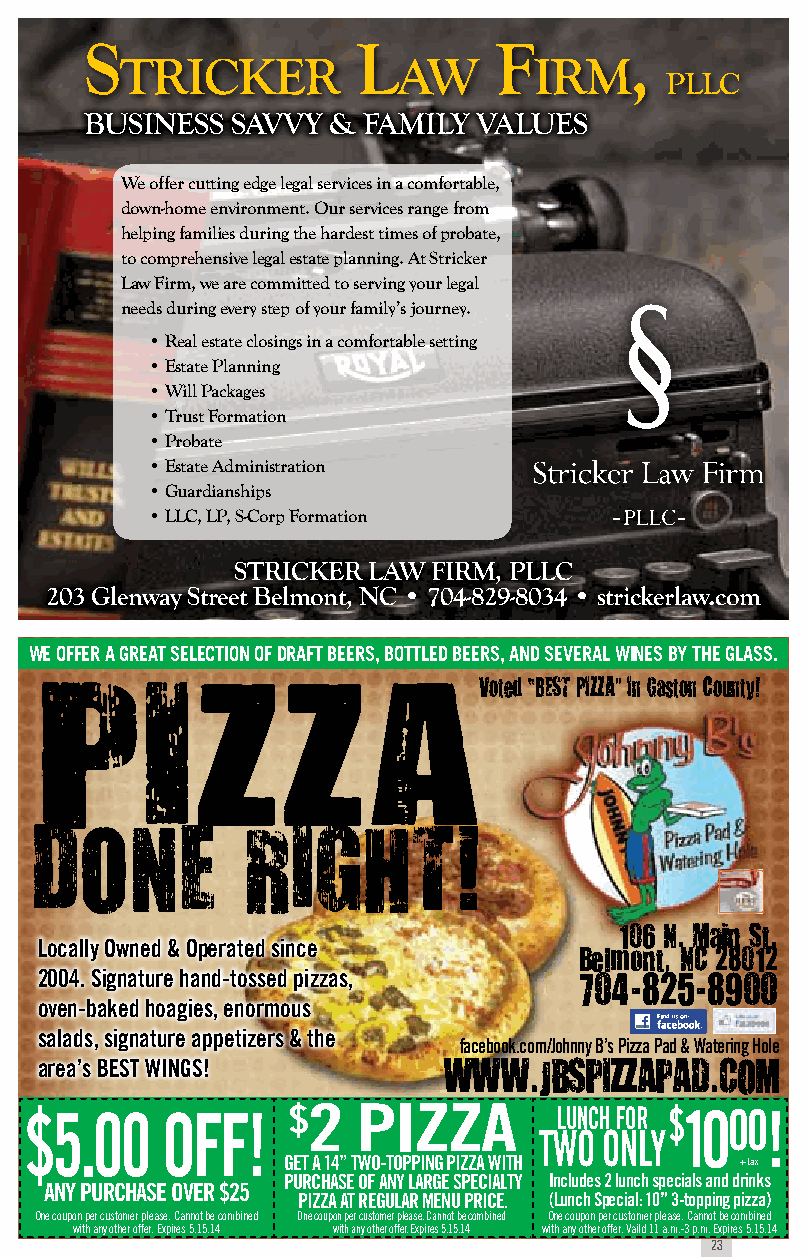
S                 L        F        ,
 tricker           aw       irm
 PLLc
 BUSINESS SAVVY  & FAMILY VALUES
 We offer cutting edge legal services in a comfortable,
 down-home environment. Our services range from
 helping families during the hardest times of probate,
 to comprehensive legal estate planning. At Stricker
 Law Firm, we are committed to serving your legal
 needs during every step of your family’s journey.
 • Real estate closings in a comfortable setting
 • Estate Planning
 • Will Packages
 • Trust Formation
 • Probate
 • Estate Administration
 • Guardianships
 • LLC, LP, S-Corp Formation
 STRICKER LAW  FIRM, PLLC
 203 Glenway Street Belmont, NC • 704-829-8034 • strickerlaw.com
 We offer a great selection of draft beers, bottled beers, and several Wines by the glass.
 Voted “BeSt PiZZA” in gaston County!
 PiZZA
 Done          Right!
 106 n. Main St.
 locally owned & operated since
 Belmont, nC 28012
 2004. signature hand-tossed pizzas, 704-825-8900
 oven-baked hoagies, enormous
 salads, signature appetizers & the
 facebook.com/Johnny B’s pizza pad & watering hole
 area’s Best winGs!         www.jBSPiZZAPAD.CoM
 $5.00    off!    $2   pizza        lunch for $1000!
 two only
 Get a 14” two-toppinG pizza with + tax
 purchase of any larGe specialty includes 2 lunch specials and drinks
 any purchase over $25
 pizza at reGular Menu price. (lunch special: 10” 3-topping pizza)
 One coupon per customer please. Cannot be combined One coupon per customer please. Cannot be combined One coupon per customer please. Cannot be combined
 with any other offer. Expires 5.15.14 with any other offer. Expires 5.15.14 with any other offer. Vaild 11 a.m.-3 p.m. Expires 5.15.14
 23